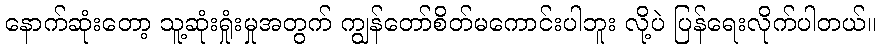
နောက်ဆုံးတော့ သူ့ဆုံးရှုံးမှုအတွက် ကျွန်တော်စိတ်မကောင်းပါဘူး လို့ပဲ ပြန်ရေးလိုက်ပါတယ်။